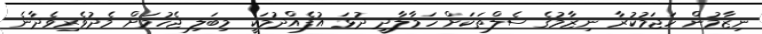
ނިޒާމުން ހަޖަމުކުރާ ނިޒާމުގެ ސެލްތަކަށް ހަމާލާދީ ދުޅަ އުފެއްދުމަކީ މިބަލި ޖެހުމަށް މެދުވެރިވެދާނެ